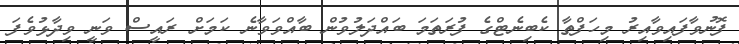
ފޮނުވާފައިވާއިރު މިހަފްތާ ކެބިނެޓްގެ ފުރަތަމަ ބައްދަލުވުން ބާއްވަވާނެ ކަމަށް ރައީސް ވަނީ ވިދާޅުވެފަ